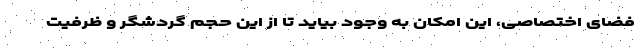
فضای اختصاصی، این امکان به وجود بیاید تا از این حجم گردشگر و ظرفیت